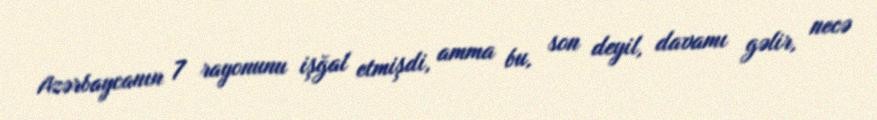
Azərbaycanın 7 rayonunu işğal etmişdi, amma bu, son deyil, davamı gəlir, necə